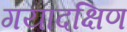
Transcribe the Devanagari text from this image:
गयादक्षिण